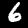
Label: 6